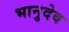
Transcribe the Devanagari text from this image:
भानुदेव